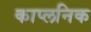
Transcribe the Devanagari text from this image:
काप्लनिक